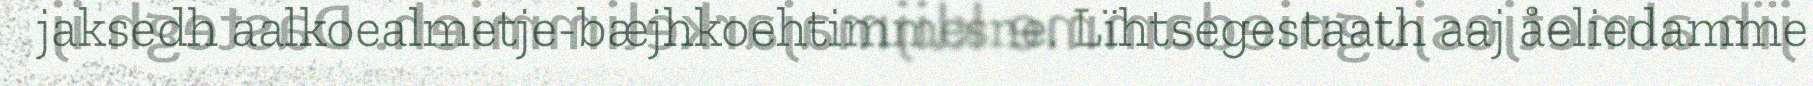
jaksedh aalkoealmetje-bæjhkoehtimmesne. Lïhtsegestaath aaj åeliedamme